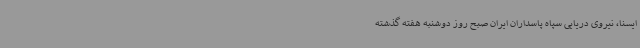
ایسنا، نیروی دریایی سپاه پاسداران ایران صبح روز دوشنبه هفته گذشته